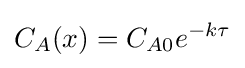
C_{A}(x)=C_{A0}e^{-k\tau }